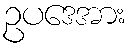
ဥပဒေအား